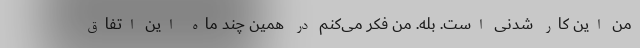
من این کار شدنی است. بله. من فکر می‌کنم در همین چند ماه این اتفاق